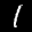
Label: 1